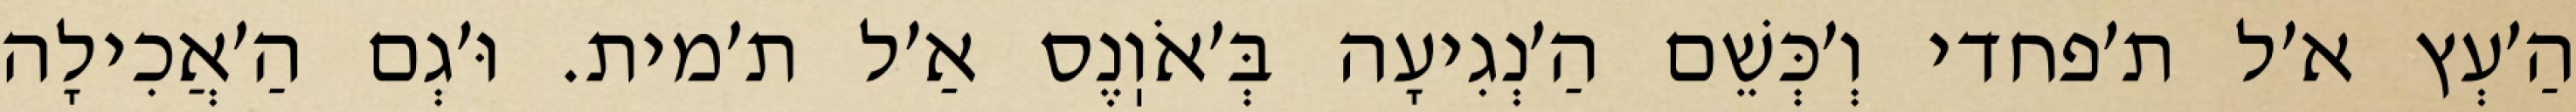
הַ׳עְץ א׳ל ת׳פחדי וְ׳כְּשֵׁם הַ׳נְגִיעָה בְּ׳אֹוֽנֶס אַ׳ל ת׳מית. וּ׳גְם הַ׳אֲכִילָה